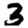
Digit: 3